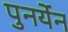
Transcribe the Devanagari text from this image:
पुनर्येन